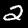
Label: 2